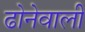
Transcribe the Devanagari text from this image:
ढोनेवाली